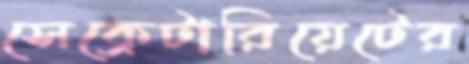
সেক্রেটারিয়েটের